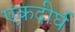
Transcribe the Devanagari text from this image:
एकदीर्घ